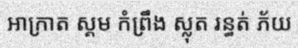
អាក្រាត ស្គម កំព្រឹង ស្លុត រន្ធត់ ភ័យ